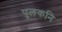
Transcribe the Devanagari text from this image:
पुलकनि